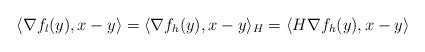
LaTeX: \begin{align*}\langle\nabla f_l(y),x-y\rangle = \langle\nabla f_h(y),x-y\rangle_H=\langle H\nabla f_h(y),x-y\rangle\end{align*}